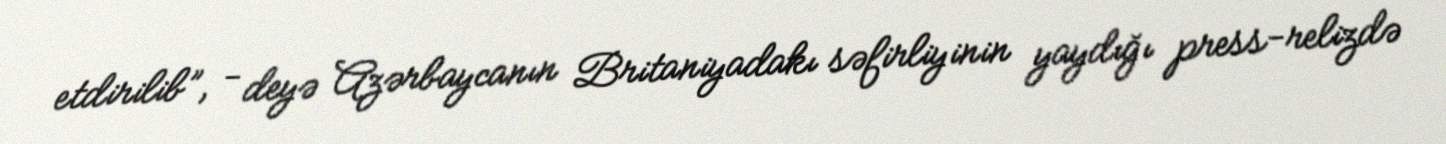
etdirilib”, - deyə Azərbaycanın Britaniyadakı səfirliyinin yaydığı press-relizdə